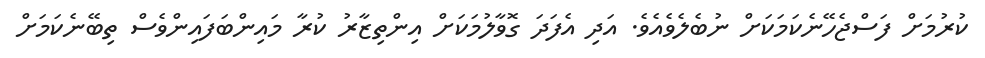
ކުރުމަށް ފަސްޖެހޭނެކަމަކަށް ނުބެލެވެއެވެ. އަދި އެފަދަ ގޮވާލުމަކަށް އިންތިޒާރު ކުރާ މައިންބަފައިންވެސް ތިބޭނެކަމަށް